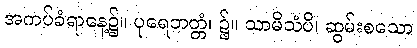
အကပ်ခံရာနေ့၌။ ပုရေဘတ္တံ၊ ၌။ သာမိသံပိ၊ ဆွမ်းစသော